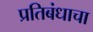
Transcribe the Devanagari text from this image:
प्रतिबंधाचा